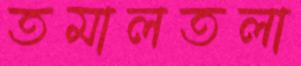
তমালতলা